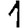
Digit: 1